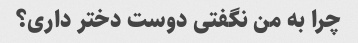
چرا به من نگفتی دوست دختر داری؟